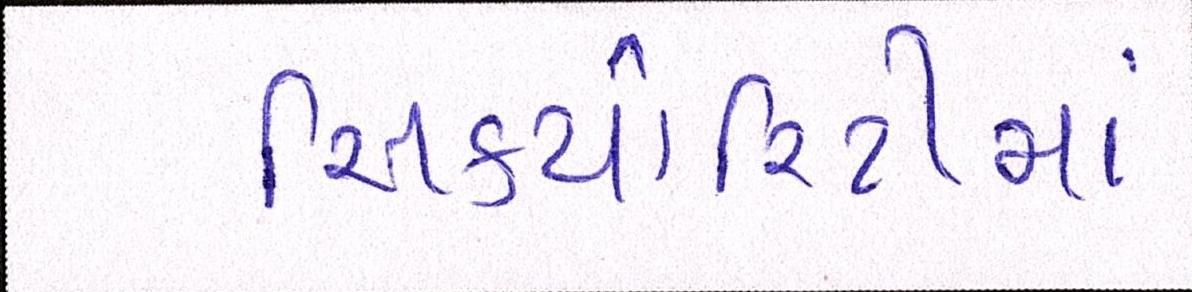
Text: સિક્યોરિટીમાં